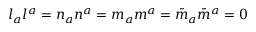
l _ { a } l ^ { a } = n _ { a } n ^ { a } = m _ { a } m ^ { a } = { \bar { m } } _ { a } { \bar { m } } ^ { a } = 0